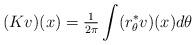
LaTeX: \begin{align*} (K v)(x) = \tfrac{1}{2\pi} \int (r_\theta^* v)(x)d\theta \end{align*}